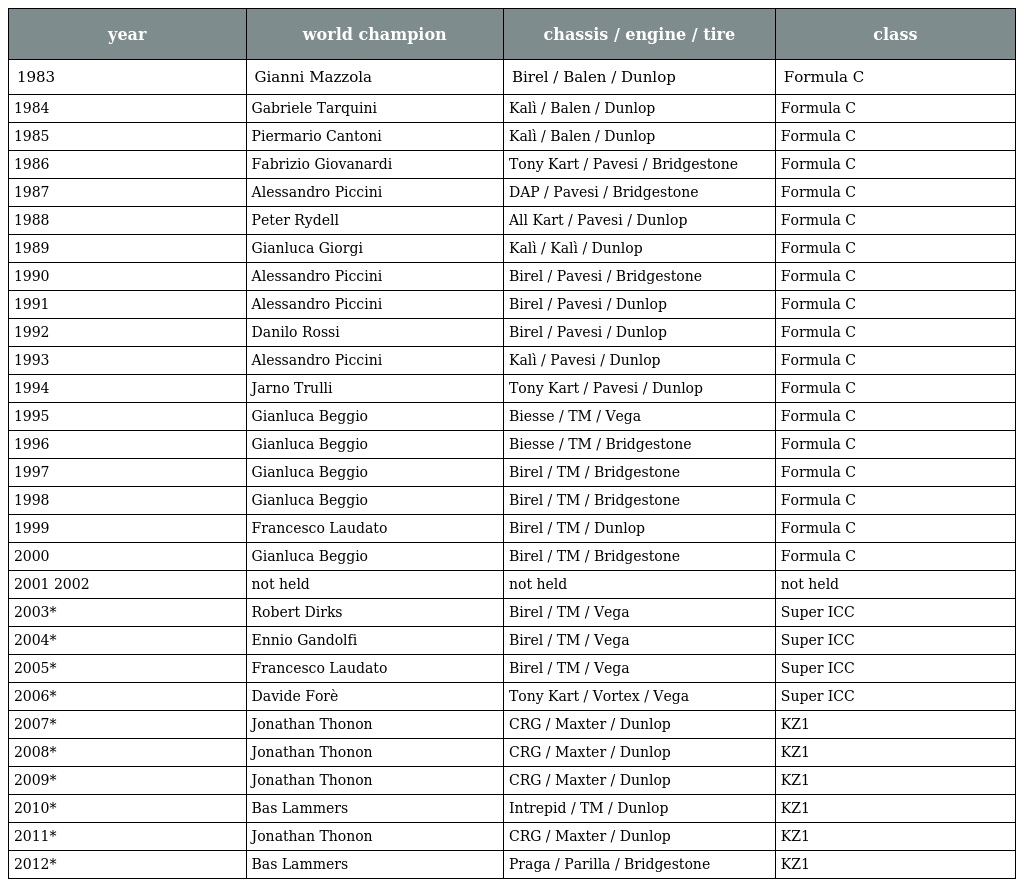
| year | world champion | chassis / engine / tire | class |
 | --- | --- | --- | --- |
 | 1983 | Gianni Mazzola | Birel / Balen / Dunlop | Formula C |
 | 1984 | Gabriele Tarquini | Kalì / Balen / Dunlop | Formula C |
 | 1985 | Piermario Cantoni | Kalì / Balen / Dunlop | Formula C |
 | 1986 | Fabrizio Giovanardi | Tony Kart / Pavesi / Bridgestone | Formula C |
 | 1987 | Alessandro Piccini | DAP / Pavesi / Bridgestone | Formula C |
 | 1988 | Peter Rydell | All Kart / Pavesi / Dunlop | Formula C |
 | 1989 | Gianluca Giorgi | Kalì / Kalì / Dunlop | Formula C |
 | 1990 | Alessandro Piccini | Birel / Pavesi / Bridgestone | Formula C |
 | 1991 | Alessandro Piccini | Birel / Pavesi / Dunlop | Formula C |
 | 1992 | Danilo Rossi | Birel / Pavesi / Dunlop | Formula C |
 | 1993 | Alessandro Piccini | Kalì / Pavesi / Dunlop | Formula C |
 | 1994 | Jarno Trulli | Tony Kart / Pavesi / Dunlop | Formula C |
 | 1995 | Gianluca Beggio | Biesse / TM / Vega | Formula C |
 | 1996 | Gianluca Beggio | Biesse / TM / Bridgestone | Formula C |
 | 1997 | Gianluca Beggio | Birel / TM / Bridgestone | Formula C |
 | 1998 | Gianluca Beggio | Birel / TM / Bridgestone | Formula C |
 | 1999 | Francesco Laudato | Birel / TM / Dunlop | Formula C |
 | 2000 | Gianluca Beggio | Birel / TM / Bridgestone | Formula C |
 | 2001 2002 | not held | not held | not held |
 | 2003* | Robert Dirks | Birel / TM / Vega | Super ICC |
 | 2004* | Ennio Gandolfi | Birel / TM / Vega | Super ICC |
 | 2005* | Francesco Laudato | Birel / TM / Vega | Super ICC |
 | 2006* | Davide Forè | Tony Kart / Vortex / Vega | Super ICC |
 | 2007* | Jonathan Thonon | CRG / Maxter / Dunlop | KZ1 |
 | 2008* | Jonathan Thonon | CRG / Maxter / Dunlop | KZ1 |
 | 2009* | Jonathan Thonon | CRG / Maxter / Dunlop | KZ1 |
 | 2010* | Bas Lammers | Intrepid / TM / Dunlop | KZ1 |
 | 2011* | Jonathan Thonon | CRG / Maxter / Dunlop | KZ1 |
 | 2012* | Bas Lammers | Praga / Parilla / Bridgestone | KZ1 |